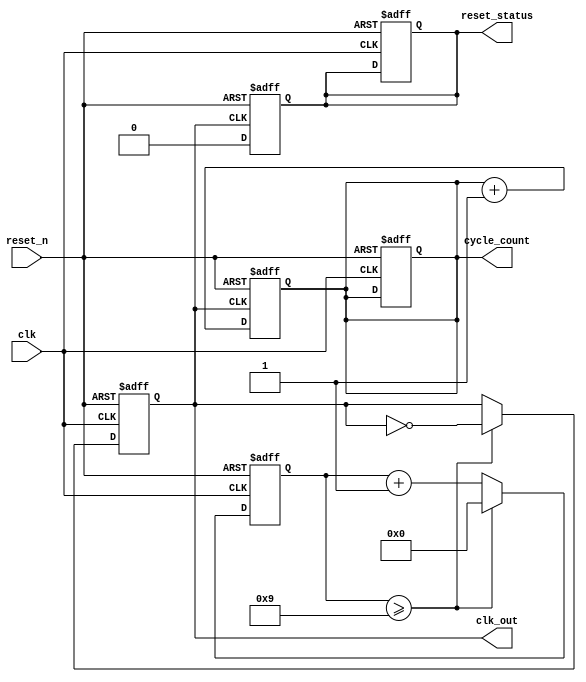
module ClockCycleInitialization #(
    parameter CLOCK_FREQ = 50_000_000, // Clock frequency in Hz
    parameter DUTY_CYCLE = 50,          // Duty cycle in percentage
    parameter INIT_VALUE = 8'h00,       // Initial value for registers
    parameter CYCLE_COUNT_WIDTH = 8     // Width of clock cycle count
)(
    input wire clk,                     // External clock input
    input wire reset_n,                 // Active low reset signal
    output reg clk_out,                 // Generated clock output
    output reg [CYCLE_COUNT_WIDTH-1:0] cycle_count, // Current clock cycle count
    output reg reset_status             // Reset status output
);

    // Parameters for clock generation
    localparam HALF_PERIOD = (1000_000_000 / CLOCK_FREQ) * DUTY_CYCLE / 100 / 2; // Half period in ns
    localparam CLOCK_PERIOD = (1000_000_000 / CLOCK_FREQ); // Clock period in ns

    // Internal signal for clock generation
    reg [31:0] clk_divider = 0; // Divider for clock generation

    // Initialization process
    initial begin
        clk_out = 0;
        cycle_count = 0;
        reset_status = 1; // Initially in reset state
    end

    // Clock generation process
    always @(posedge clk or negedge reset_n) begin
        if (!reset_n) begin
            clk_divider <= 0;
            clk_out <= 0;
            cycle_count <= 0;
            reset_status <= 1; // Set reset status
        end else begin
            clk_divider <= clk_divider + 1;
            if (clk_divider >= (CLOCK_PERIOD / 2 - 1)) begin
                clk_out <= ~clk_out; // Toggle clock output
                clk_divider <= 0; // Reset divider
            end
        end
    end

    // Cycle counting and reset status management
    always @(posedge clk_out or negedge reset_n) begin
        if (!reset_n) begin
            cycle_count <= 0; // Reset cycle count
            reset_status <= 1; // Set reset status
        end else begin
            cycle_count <= cycle_count + 1; // Increment cycle count
            reset_status <= 0; // Clear reset status
        end
    end

endmodule